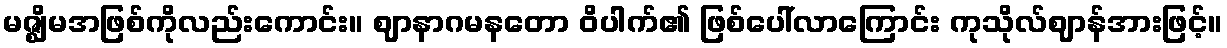
မဇ္ဈိမအဖြစ်ကိုလည်းကောင်း။ ဈာနာဂမနတော ဝိပါက်၏ ဖြစ်ပေါ်လာကြောင်း ကုသိုလ်ဈာန်အားဖြင့်။